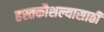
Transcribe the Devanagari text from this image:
हस्तकौशल्यासाठी